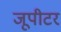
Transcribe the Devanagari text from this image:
जूपीटर